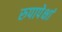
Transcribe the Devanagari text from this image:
रुपापेक्षां